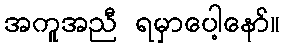
အကူအညီ ရမှာပေါ့နော်။